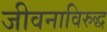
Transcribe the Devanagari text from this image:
जीवनाविरुद्ध